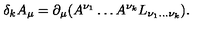
\delta _ { k } A _ { \mu } = \partial _ { \mu } ( A ^ { \nu _ { 1 } } \ldots A ^ { \nu _ { k } } L _ { \nu _ { 1 } \ldots \nu _ { k } } ) .